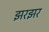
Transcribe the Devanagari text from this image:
झरझर